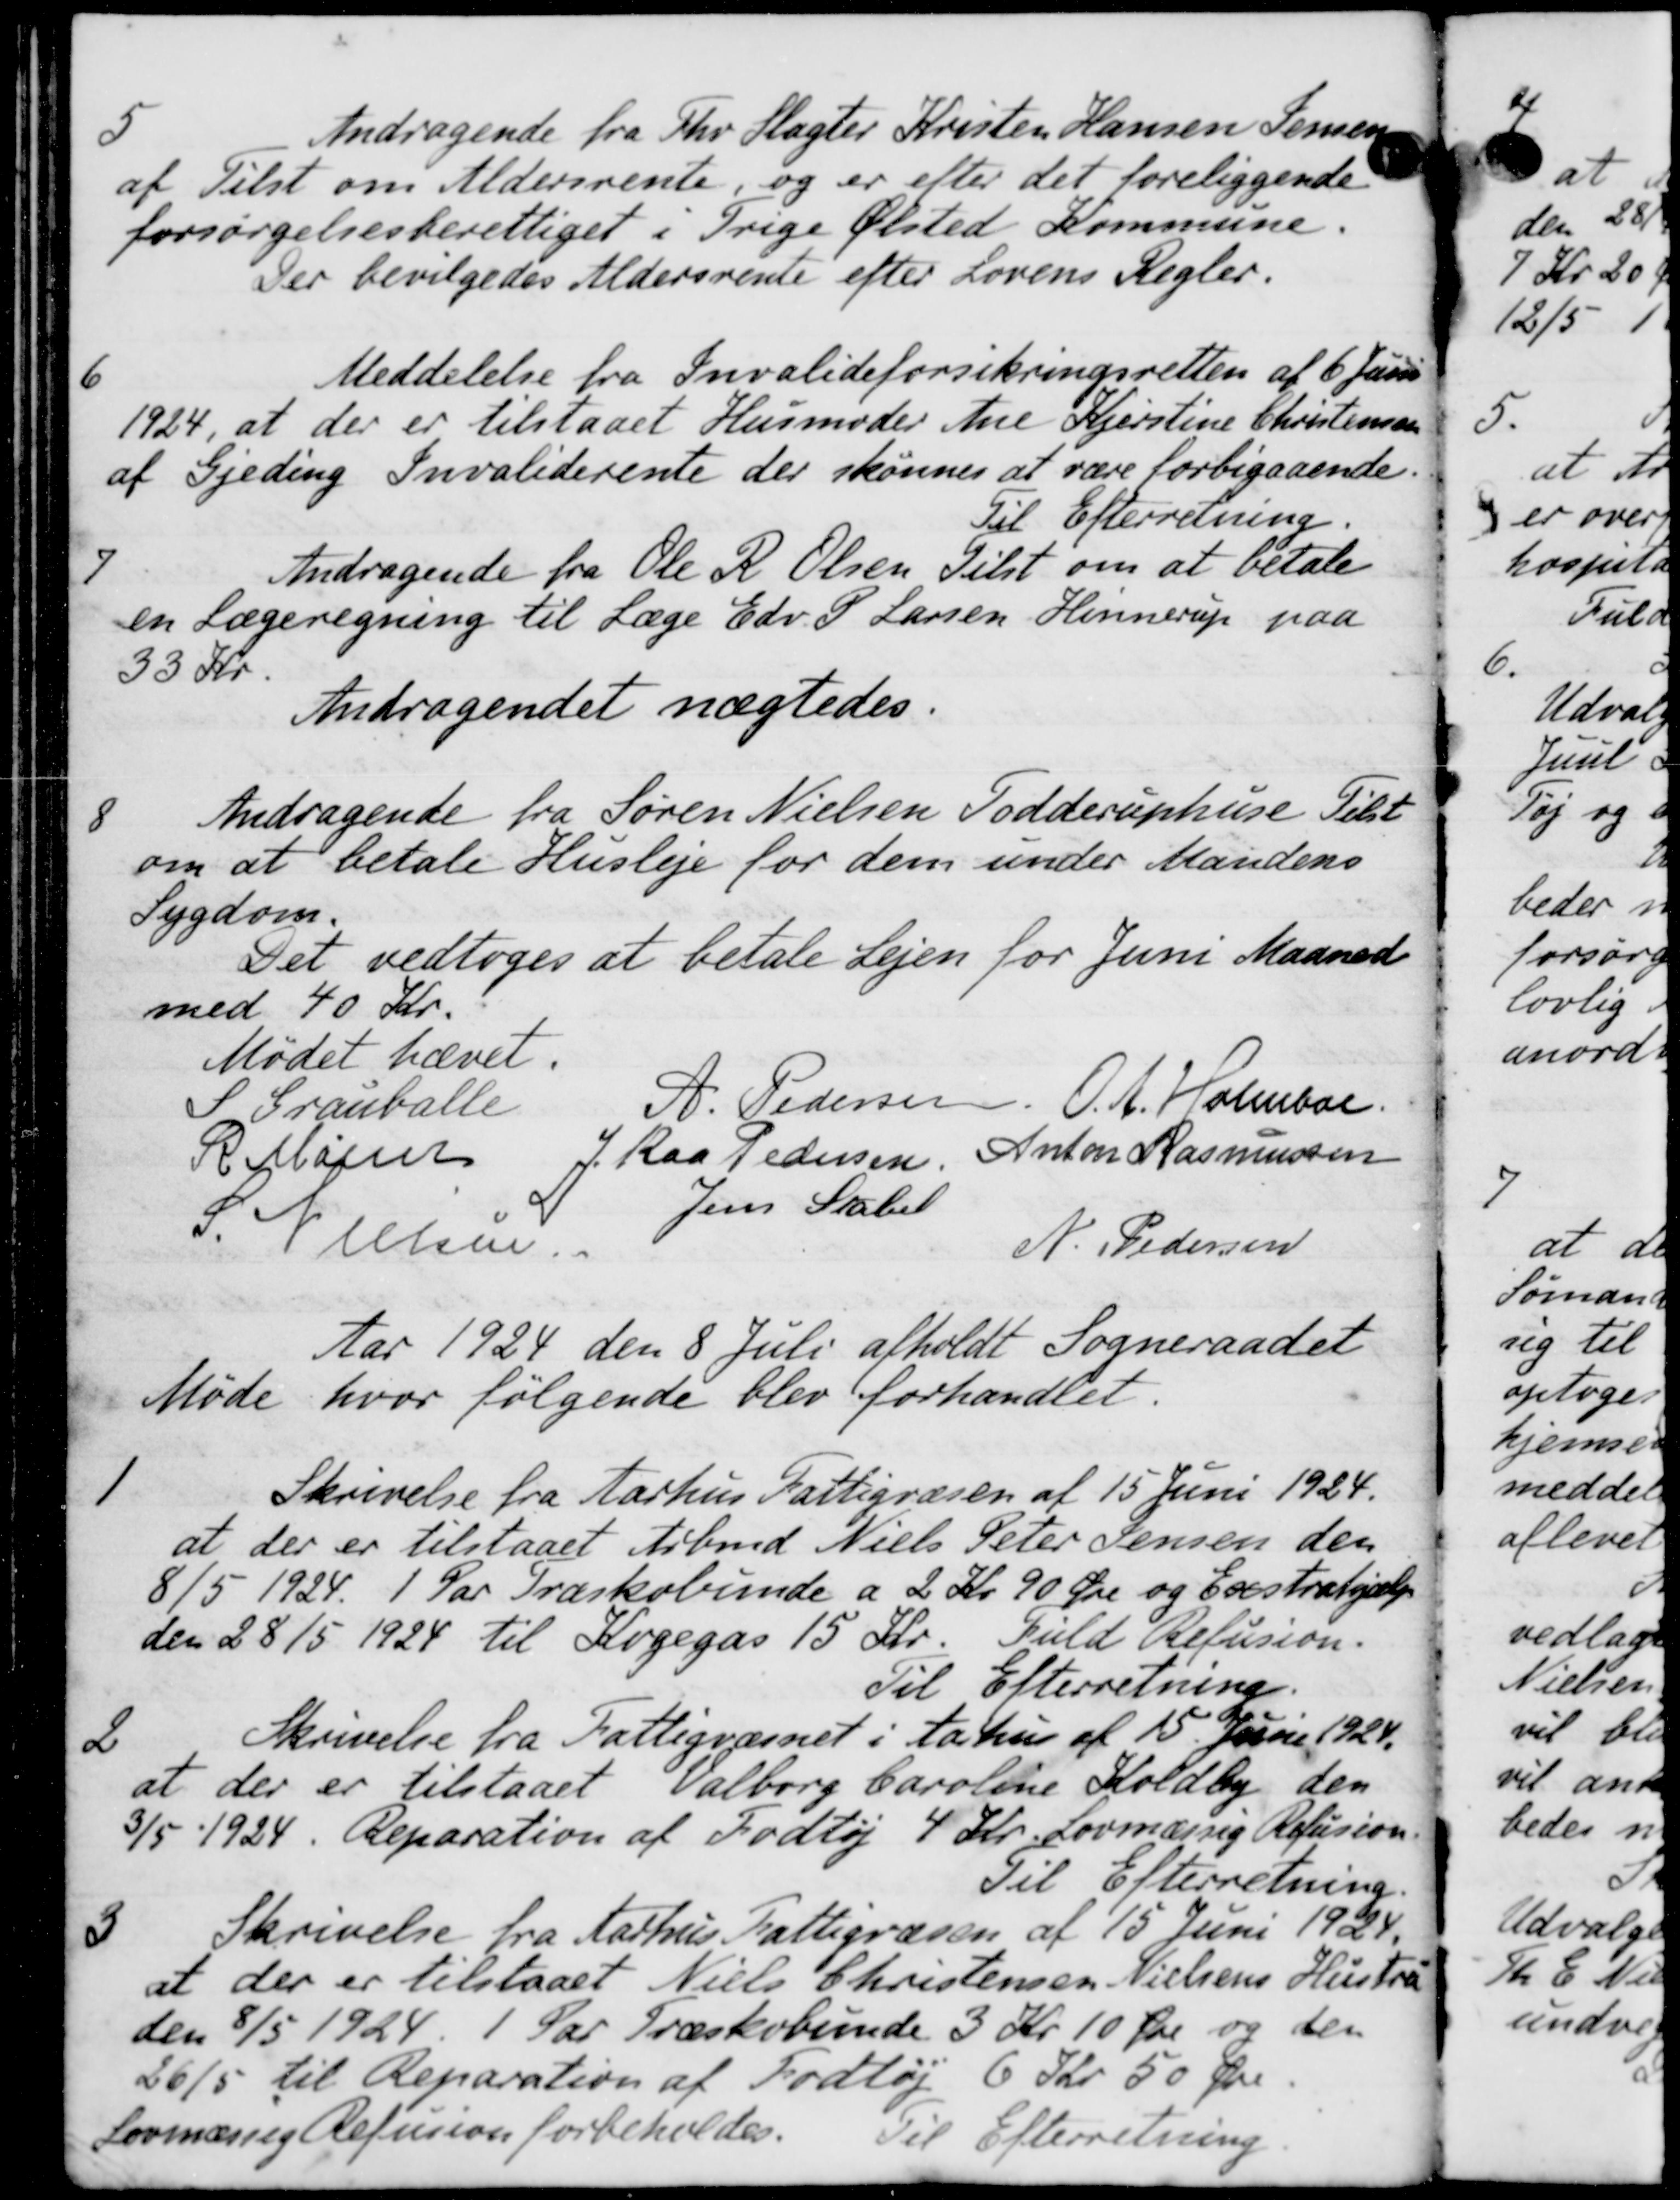
Transskription:
Andragende fra Thv. Slagter Kristen Hansen Jensen
af Tilst om Aldersrente, og er efter det foreliggende
forsørgelsesberettiget i Trige Ølsted Kommune.
Der bevilgedes Aldersrente efter Lovens Regler.
7
Meddelelse fra Invalideforsikringsretten af 6 Juni
1924, at der er tilstaaet Husmoder Ane Kjerstine Christensen
af Gjeding Invaliderente der skønnes at være forbigaaende.
Til Efterretning.
7
Andragende fra Ole R Olsen Tilst om at betale
en Lægeregning til Læge Edv P Larsen Hinnerup paa
33 Kr.
Andragendet nægtedes.

Andragende fra Søren Nielsen Todderuphuse Tilst
om at betale Husleje for dem under Mandens
Sygdom.
Det vedtoges at betale Lejen for Juni Maaned
med 40 Kr.
Mødet hævet.
S Granballe
A. Pedersen O. A. Holmboe.
H. Majen
J. Raa Pedersen.
Anton Rasmussen
2
Nielsen.
Jens Skabet
N. Pedersen
Aar 1924 den 8 Juli afholdt Sogneraadet
Møde hvor følgende blev forhandlet.

Skrivelse fra Aarhus Fattigvæsen af 15 Juni 1924.
at der er tilstaaet Arbmd Niels Peter Jensen den
8/5 1924. 1 Par Træskobunde a 2 Kr 90 Øre og Exstrahjælp
den 28/5 1924 til Kogegas 15 Kr. Fuld Refusion.
Til Efterretning.
2
Skrivelse fra Fattigvæsnet i Aarhus af 15. Juni 1924.
at der er tilstaaet Valborg Caroline Koldby den
3/5 1924. Reparation af Fodtøj 4 Kr. Lovmæssig Refusion
Til Efterretning.
3
Skrivelse fra Aarhus Fattigvæsen af 15 Juni 1924.
at der er tilstaaet Niels Christensen Nielsens Hustru
den 8/5 1924. 1 Par Træskobunde 3 Kr. 10 Øre og den
26/5 til Reparation af Fodtøj 6 Kr. 50 Øre
Lovmæssig Refusion forbeholdes.
Til Efterretning